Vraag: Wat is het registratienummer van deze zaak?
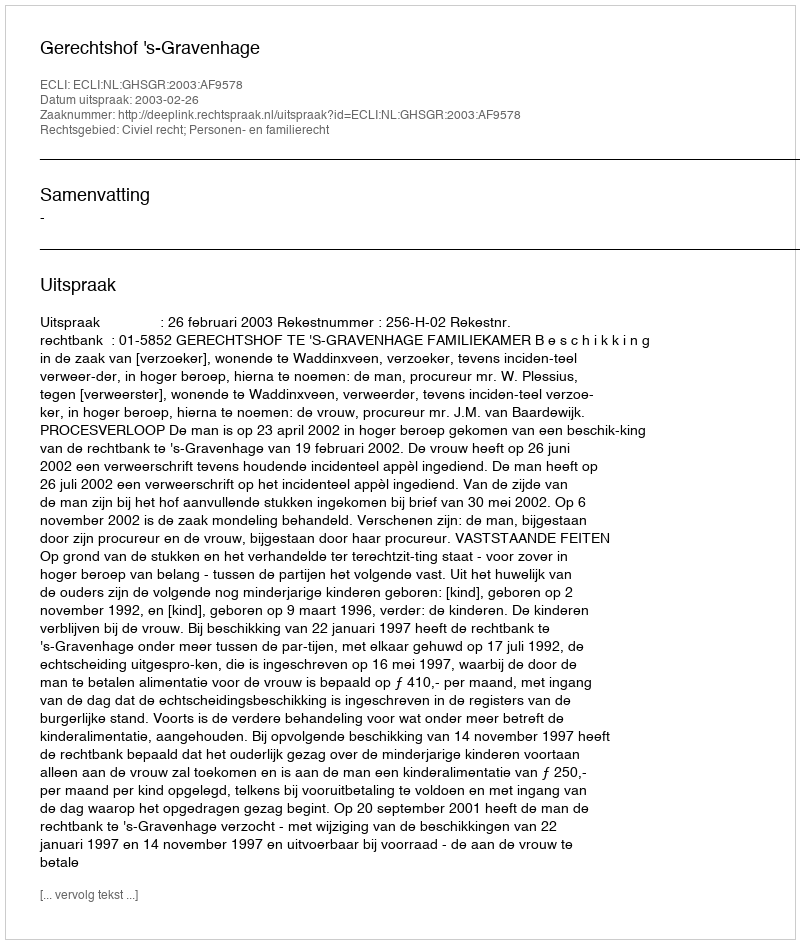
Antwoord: http://deeplink.rechtspraak.nl/uitspraak?id=ECLI:NL:GHSGR:2003:AF9578